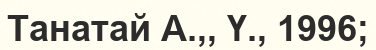
Танатай А.,, Ү., 1996;